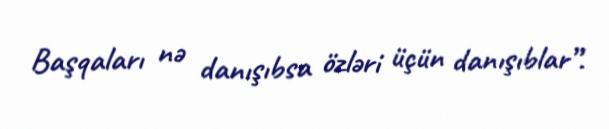
Başqaları nə danışıbsa özləri üçün danışıblar”.